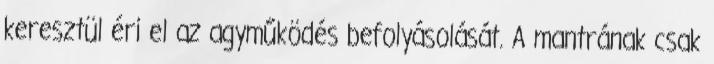
keresztül éri el az agyműködés befolyásolását. A mantrának csak